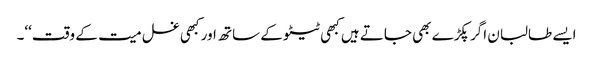
ایسے طالبان اگر پکڑے بھی جاتے ہیں کبھی ٹیٹو کے ساتھ اور کبھی غسل میت کے وقت‘‘۔